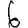
Digit: 6